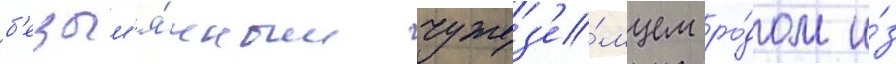
б'езым'я́нным чужез'е́мцем ро́дом и́з